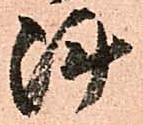
陣